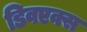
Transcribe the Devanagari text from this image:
डिवएक्स